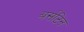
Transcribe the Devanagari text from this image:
बर्सटिन